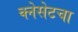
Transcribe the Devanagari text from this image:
क्नेसेटचा